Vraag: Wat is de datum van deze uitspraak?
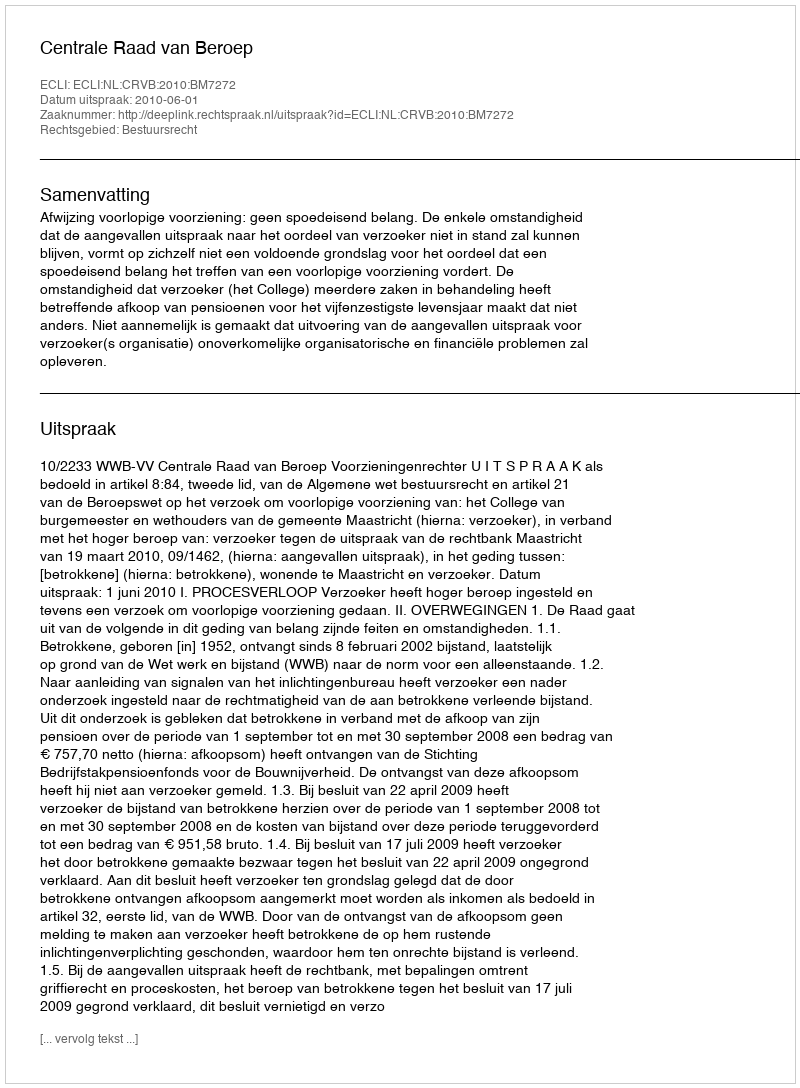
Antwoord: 2010-06-01